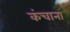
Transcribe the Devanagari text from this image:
कंचाना